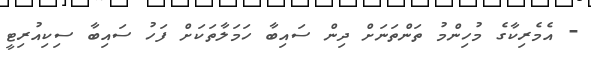
- އެމެރިކާގެ މުހިންމު ތަންތަނަށް ދިން ސައިބާ ހަމަލާތަކަށް ފަހު ސައިބާ ސިކިއުރިޓީ